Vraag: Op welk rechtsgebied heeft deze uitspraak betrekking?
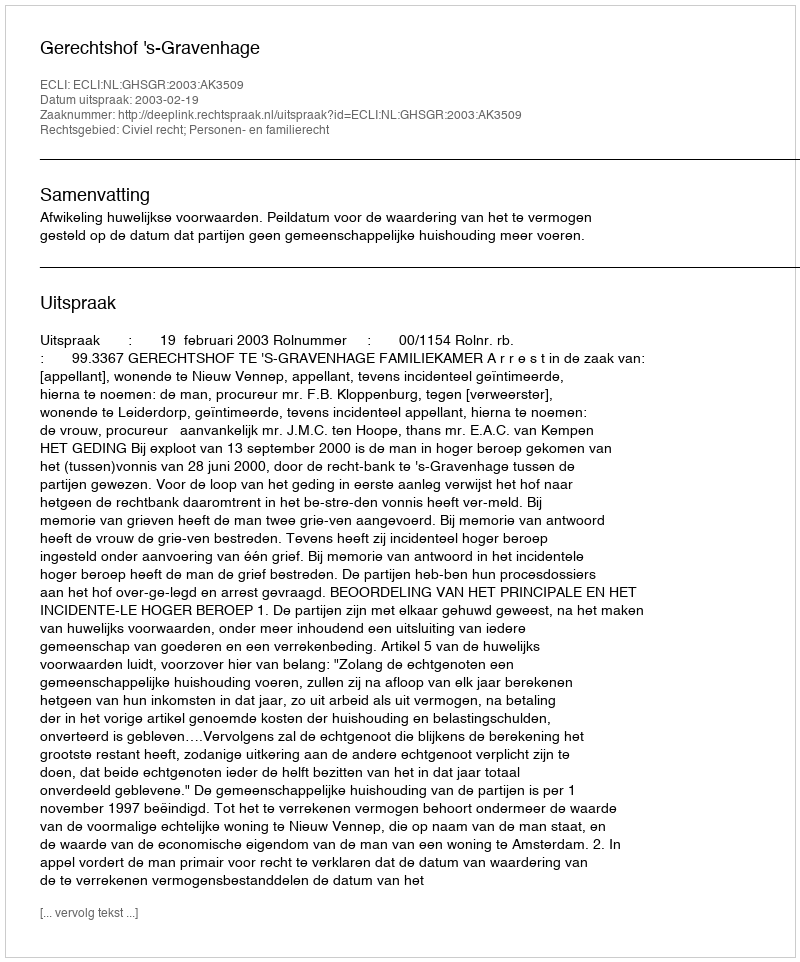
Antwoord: Civiel recht; Personen- en familierecht